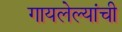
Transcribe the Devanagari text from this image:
गायलेल्यांची